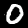
Digit: 0